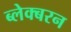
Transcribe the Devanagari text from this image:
ब्लेक्बरन